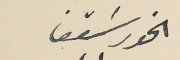
الخوراسقف